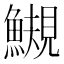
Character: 䲅